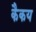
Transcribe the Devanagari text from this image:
कैकय